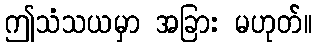
ဤသံသယမှာ အခြား မဟုတ်။